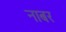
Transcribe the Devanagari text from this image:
नाबर